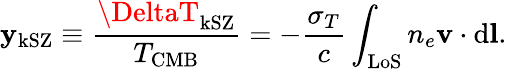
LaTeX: \mathbf{y}_{\mathrm{{kSZ}}}\equiv\frac{{\DeltaT_{\mathrm{{kSZ}}}}}{{T_{\mathrm{{CMB}}}}}=-\frac{{\sigma_{T}}}{{c}}\int_{\mathrm{{LoS}}}n_{e}\mathbf{{v}}\cdot\mathrm{{d}}\mathbf{{l}}.